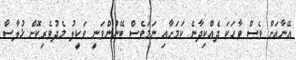
އޭނާއަށް ވެސް ވާހަކަ ދެއްކިދާނެ ކަމަށާއި ނަމަވެސް ބޭނުންވަނީ ވަކީލު މެދުވެރިކޮށް ޚުލާސާ